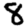
Digit: 8